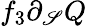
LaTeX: f_{3}\partial_{\mathscr{S}}Q